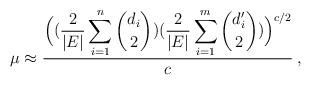
LaTeX: \begin{align*}\mu \approx \dfrac{\displaystyle\Big((\frac{2}{|E|}\displaystyle\sum_{i=1}^{n}{{d_i}\choose {2}}) (\frac{2}{|E|}\displaystyle\sum_{i=1}^{m}{{d_i'}\choose {2}})\Big)^{c/2}}{c}\:,\end{align*}